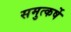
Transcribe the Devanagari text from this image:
समुत्कर्षे